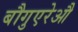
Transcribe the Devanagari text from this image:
बौगुएरेऔ